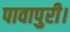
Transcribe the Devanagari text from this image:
पावापुरी।